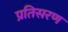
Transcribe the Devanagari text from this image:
प्रतिसरण